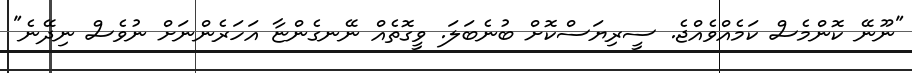
"ނޫނޭ ކޮންމެސް ކަމެއްވެއްޖެ. ސީރިޔަސްކޮށް ބުނެބަލަ. ވީގޮތެއް ނޭނގެންޏާ އަހަރެންނަށް ނުވެސް ނިދޭނެ"